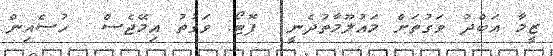
ޒީމާ އަބްދު ވަގުތަށް މައުލޫމާތުދެނީ  ފޮޓޯ: ވަގުތު އިމޭޖެސް  ހުސެއިން